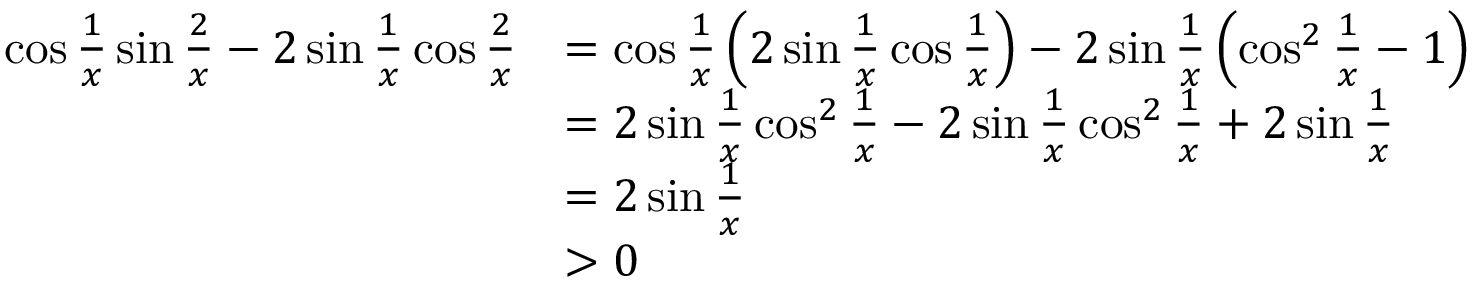
\begin{array} { r l } { \cos \frac 1 { x } \sin \frac 2 x - 2 \sin \frac 1 { x } \cos \frac 2 x } & { = \cos \frac 1 x \left( 2 \sin \frac 1 x \cos \frac 1 x \right) - 2 \sin \frac 1 x \left( \cos ^ { 2 } \frac 1 x - 1 \right) } \\ & { = 2 \sin \frac 1 x \cos ^ { 2 } \frac 1 x - 2 \sin \frac 1 x \cos ^ { 2 } \frac 1 x + 2 \sin \frac 1 x } \\ & { = 2 \sin \frac 1 x } \\ & { > 0 } \end{array}